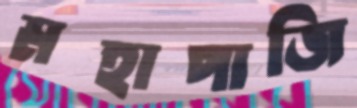
মহাপাজি